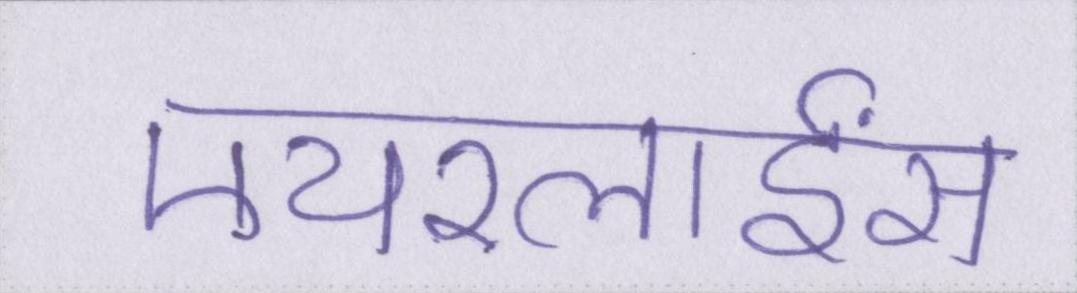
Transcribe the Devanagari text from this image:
एयरलाईंस